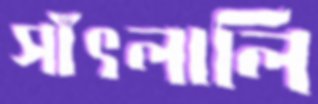
সাঁৎলালি